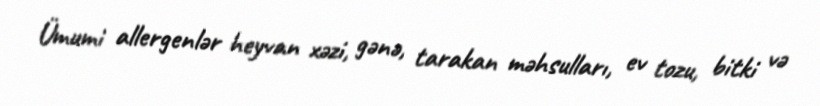
Ümumi allergenlər heyvan xəzi, gənə, tarakan məhsulları, ev tozu, bitki və